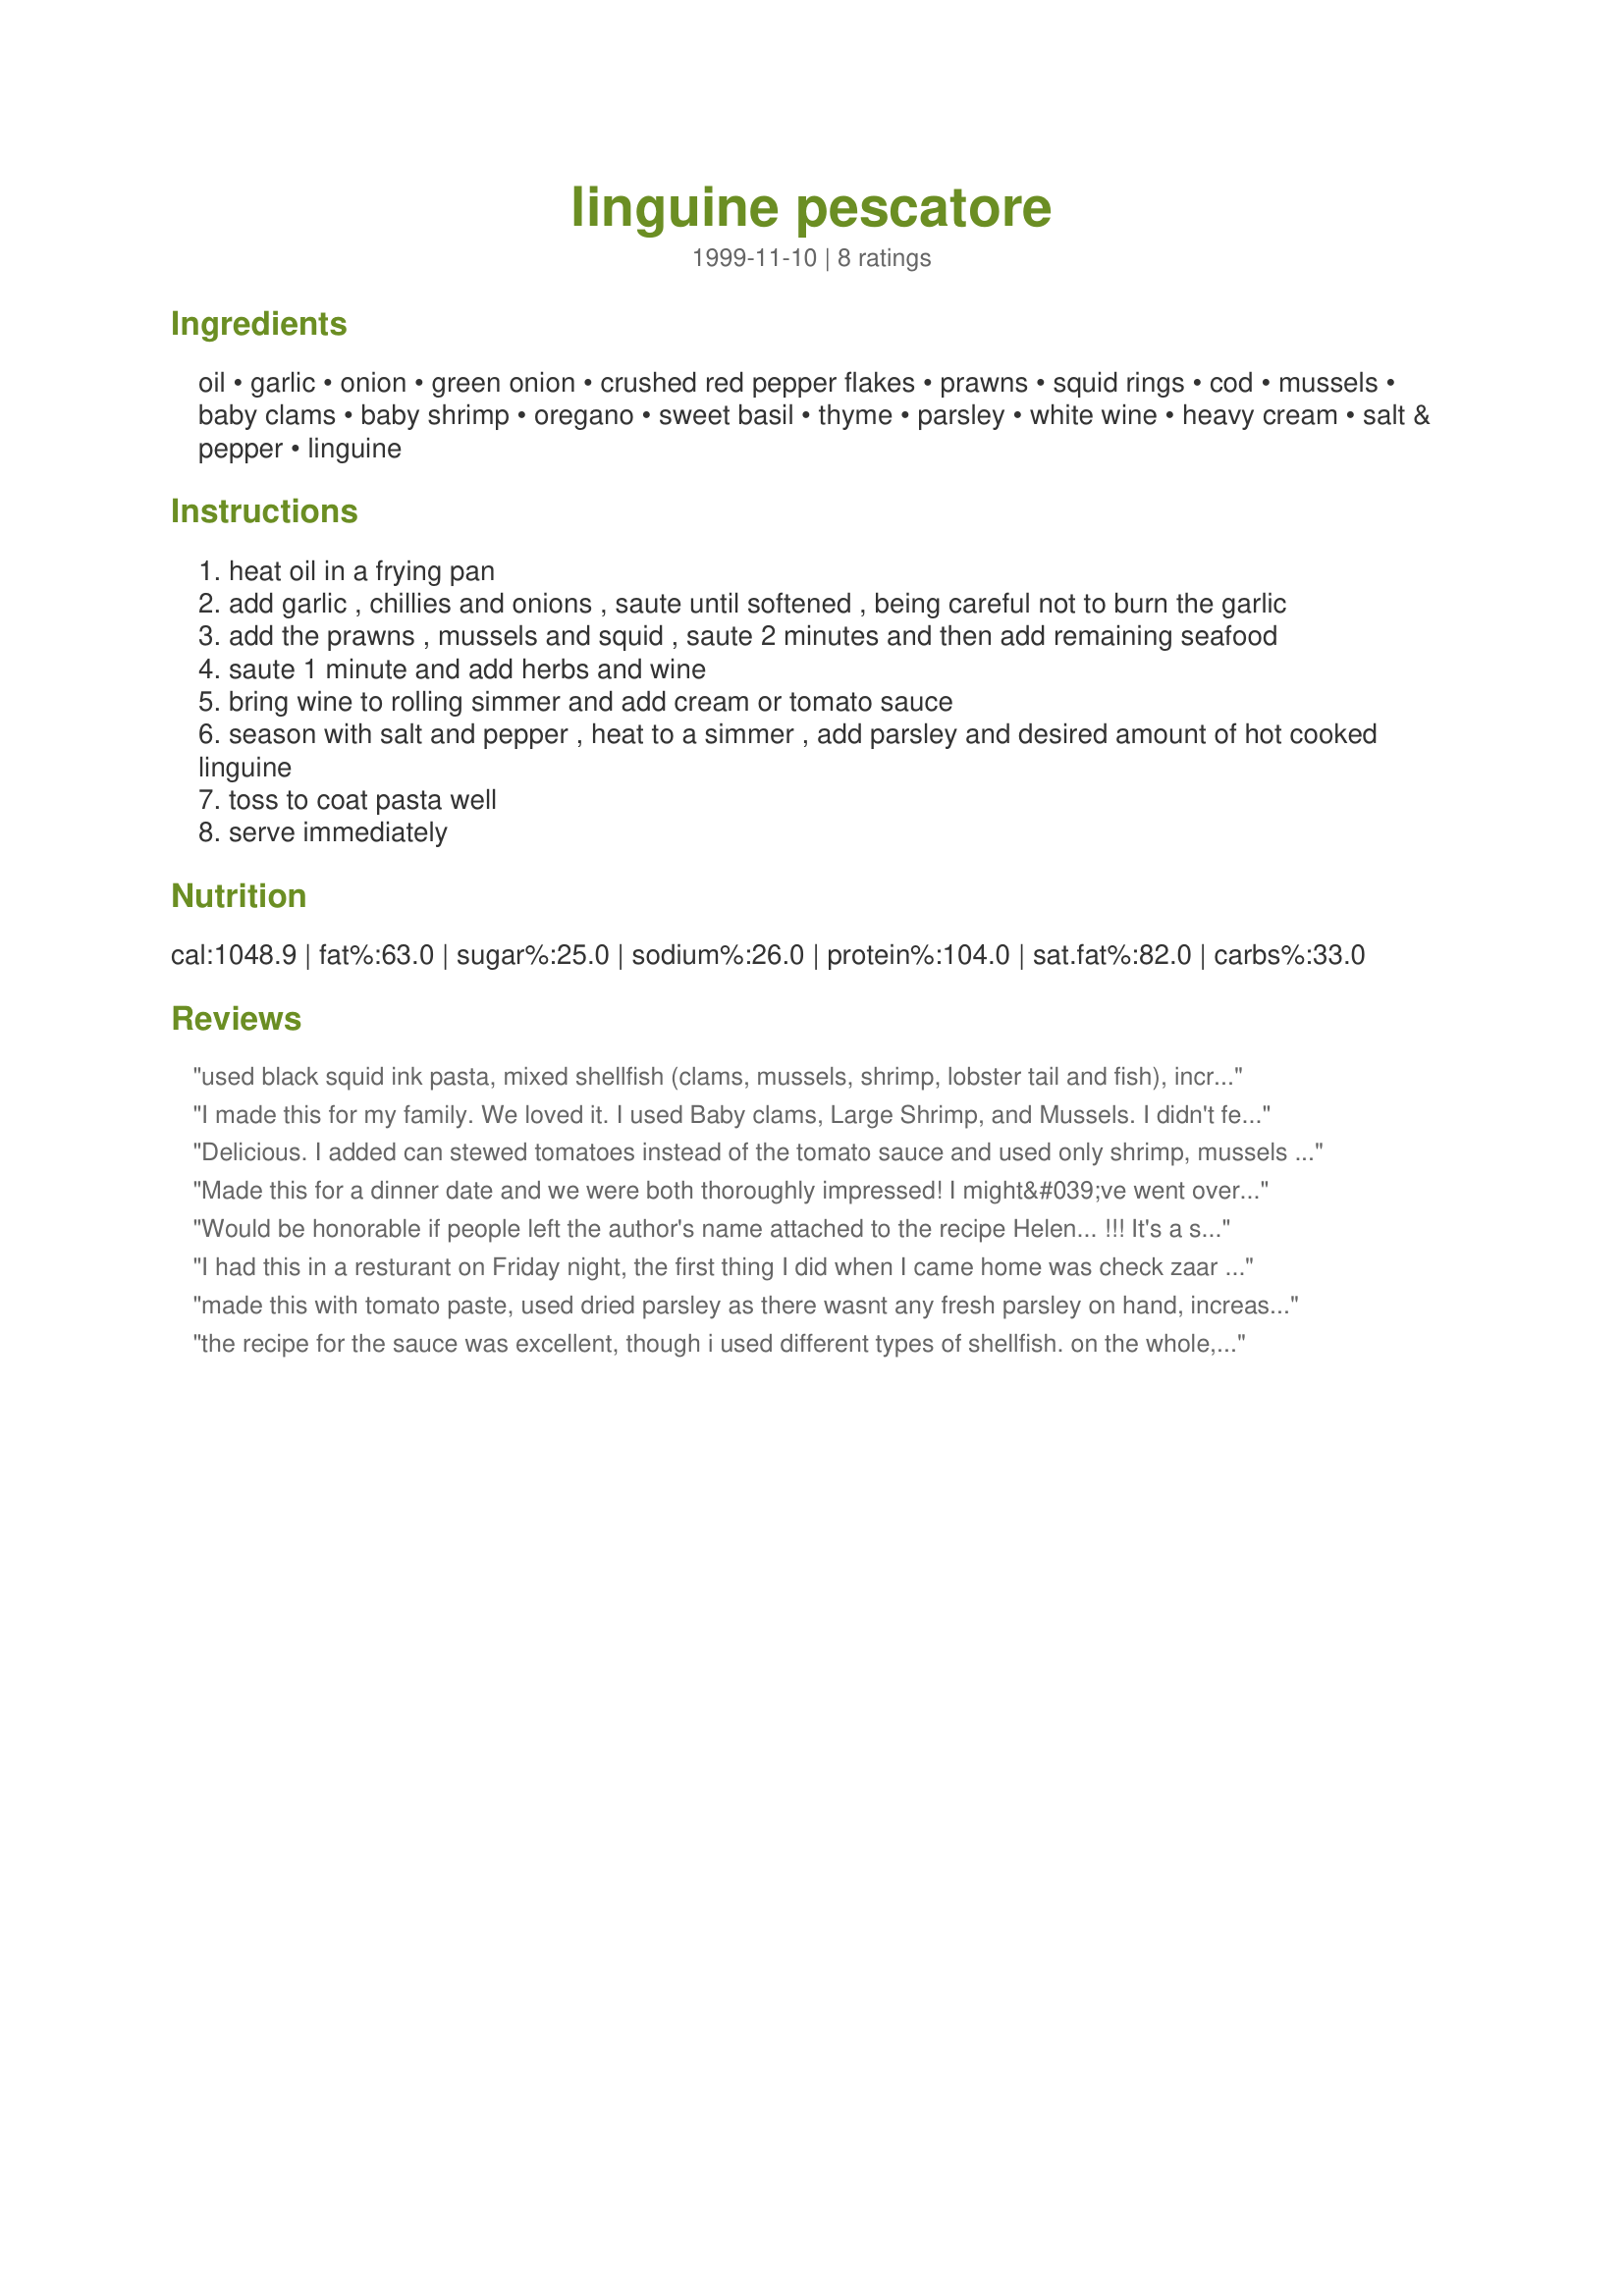
linguine pescatore
Preparation time: 0 minutes

Ingredients:
oil, garlic, onion, green onion, crushed red pepper flakes, prawns, squid rings, cod, mussels, baby clams, baby shrimp, oregano, sweet basil, thyme, parsley, white wine, heavy cream, salt & pepper, linguine

Steps:
heat oil in a frying pan
add garlic , chillies and onions , saute until softened , being careful not to burn the garlic
add the prawns , mussels and squid , saute 2 minutes and then add remaining seafood
saute 1 minute and add herbs and wine
bring wine to rolling simmer and add cream or tomato sauce
season with salt and pepper , heat to a simmer , add parsley and desired amount of hot cooked linguine
toss to coat pasta well
serve immediately

Reviews:
used black squid ink pasta, mixed shellfish (clams, mussels, shrimp, lobster tail and fish), increased cream to 8 oz, no tomato sauce used......spectacular and sofisticated......very tasty and worthwhile specially making the homemade black pasta
I made this for my family. We loved it. I used Baby clams, Large Shrimp, and Mussels. I didn't feel to add the Sword Fish,Cod, or Squid rings. Some of these ingredients are not available all the time.I used a little more Garlic. Instead of Prawns and Baby Shrimp, I just used large Shrimp. I also used some crushed tomatoes as well as Heavy Cream. Next time I will add the Cod or Sword Fish if its available. Great dish! Thanks Hellen Peagram.
Delicious. I added can stewed tomatoes instead of the tomato sauce and used only shrimp, mussels and clams. One of my family favorites.
Made this for a dinner date and we were both thoroughly impressed! I might&#039;ve went overboard with the pepper flakes, but other than that it was delicious. Want to try to substitute the heavy cream for tomato sauce.
Would be honorable if people left the author's name attached to the recipe Helen... !!! It's a shame... I see Fred Towner's recipes have been altered also... shameful!
I had this in a resturant on Friday night, the first thing I did when I came home was check zaar for a recipe, this one is saved and on the to make this weekend. Thanks for posting it I can't wait to try it.
made this with tomato paste, used dried parsley as there wasnt any fresh parsley on hand, increased garlic + chilli flakes - WAS A DELIGHT! Next time i will make this with cream... Thank you.
the recipe for the sauce was excellent, though i used different types of shellfish. on the whole, i think that you can use other types of shellfish that is the most available to you.
